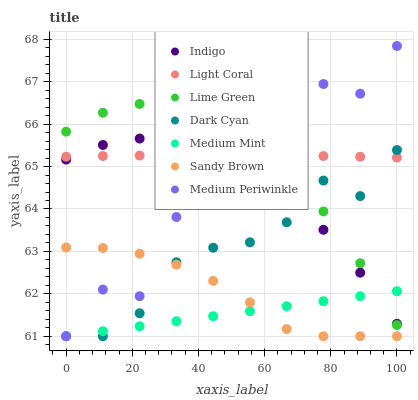
| xaxis_label | Indigo | Light Coral | Lime Green | Dark Cyan | Medium Mint | Sandy Brown | Medium Periwinkle |
 | --- | --- | --- | --- | --- | --- | --- | --- |
 | 0 | 65.2 | 65.2 | 65.8 | 61 | 61 | 63.1 | 61 |
 | 11.1 | 65.5 | 65.2 | 66.3 | 61 | 61.1 | 63.1 | 62.1 |
 | 22.2 | 65.7 | 65.3 | 66.5 | 61.5 | 61.2 | 62.9 | 61.9 |
 | 33.3 | 65.6 | 65.3 | 66.4 | 62.7 | 61.4 | 62.7 | 63.8 |
 | 44.4 | 65.4 | 65.3 | 66.2 | 63.1 | 61.5 | 62.3 | 64.4 |
 | 55.6 | 65 | 65.3 | 65.7 | 63.2 | 61.6 | 61.8 | 64.5 |
 | 66.7 | 64.3 | 65.3 | 64.9 | 63.7 | 61.7 | 61.2 | 65.9 |
 | 77.8 | 63.5 | 65.2 | 63.9 | 64.7 | 61.8 | 61 | 66.9 |
 | 88.9 | 62.5 | 65.2 | 62.7 | 64.3 | 61.9 | 61 | 66.7 |
 | 100 | 61.3 | 65.2 | 61.3 | 65.4 | 62.1 | 61 | 67.8 |